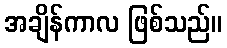
အချိန်ကာလ ဖြစ်သည်။